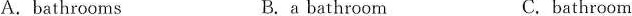
A.bathrooms B.a bathroorn C.bathroom